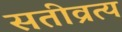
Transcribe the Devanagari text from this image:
सतीव्रत्य